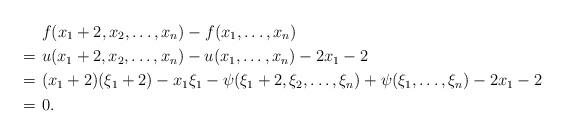
LaTeX: \begin{align*}& ~f(x_1+2, x_2, \ldots, x_n) - f(x_1, \ldots, x_n) \\=&~ u(x_1+2, x_2, \ldots, x_n) - u(x_1, \ldots, x_n) - 2 x_1 - 2\\=& ~(x_1 + 2) (\xi_1 + 2) - x_1 \xi_1 - \psi(\xi_1 + 2, \xi_2, \ldots, \xi_n) + \psi(\xi_1, \ldots, \xi_n) - 2 x_1 - 2\\=&~0.\end{align*}